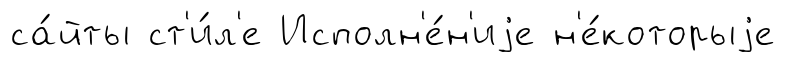
са́йты ст'и́л'е Исполн'е́н'иjе н'е́которыjе